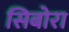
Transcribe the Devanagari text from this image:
सिबोरा